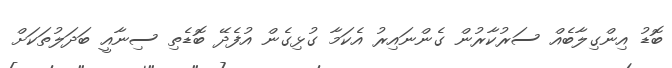
ބޮޑު އިންގިލާބެއް ސަރުކާރުން ގެންނައިރު އެކަމާ ގުޅިގެން އުފެދޭ ބޮޑެތި ސިނާއީ ބަދަލުތަކަށް